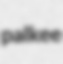
palkee